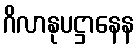
ဂိလာနုပဋ္ဌာနေန